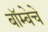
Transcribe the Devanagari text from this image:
बॉम्बेचे